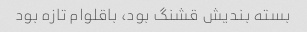
بسته بندیش قشنگ بود، باقلوام تازه بود